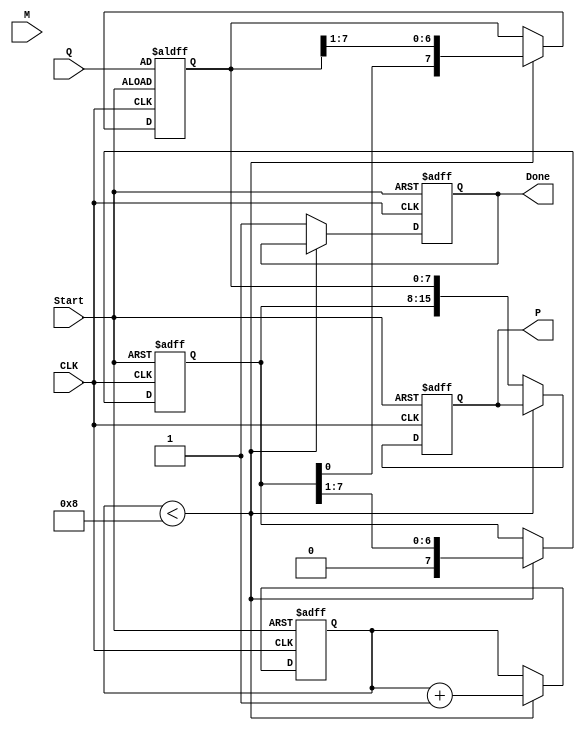
module booth_multiplier #(parameter n = 8) (
    input wire [n-1:0] M,            // Multiplicand
    input wire [n-1:0] Q,            // Multiplier
    input wire Start,                 // Start signal
    input wire CLK,                   // Clock signal
    output reg [2*n-1:0] P,           // Product (2n bits)
    output reg Done                   // Ready signal
);

    reg [n-1:0] A;                   // A Register
    reg [n-1:0] Q_reg;               // Q Register
    reg Q_1;                         // Q-1 Register
    reg [3:0] count;                 // Iteration counter
    
    // Initialization
    always @(posedge CLK or negedge Start) begin
        if (!Start) begin
            A <= 0;
            Q_reg <= Q;
            Q_1 <= 0;
            P <= 0;
            Done <= 0;
            count <= 0;
        end else if (count < n) begin
            // Booth's algorithm logic
            case ({Q_reg[0], Q_1})
                2'b00: begin
                    // Do nothing (just shift)
                end
                2'b01: begin
                    // A = A + M
                    A <= A + M;
                end
                2'b10: begin
                    // A = A - M
                    A <= A - M;
                end
                2'b11: begin
                    // Do nothing (just shift)
                end
            endcase
            
            // Right shift: Concatenate A and Q_reg
            {A, Q_reg} <= {A, Q_reg} >> 1;
            Q_1 <= Q_reg[0]; // Store the previous LSB of Q
            
            // Increment the counter
            count <= count + 1;
        end else begin
            // Final output after all iterations
            P <= {A, Q_reg};
            Done <= 1; // Indicate operation is completed
        end
    end

endmodule